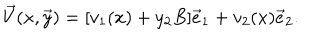
\vec { V } ( x , \vec { y } ) = [ v _ { 1 } ( x ) + y _ { 2 } B ] \vec { e } _ { 1 } + v _ { 2 } ( x ) \vec { e } _ { 2 } .